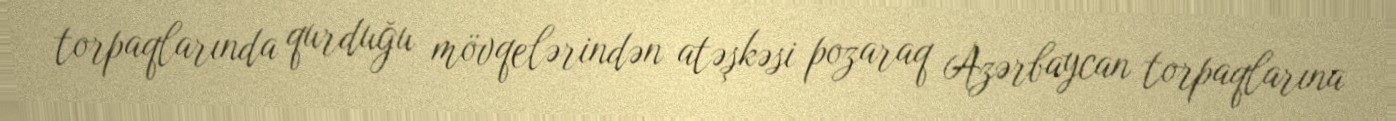
torpaqlarında qurduğu mövqelərindən atəşkəsi pozaraq Azərbaycan torpaqlarına